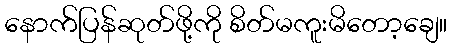
နောက်ပြန်ဆုတ်ဖို့ကို စိတ်မကူးမိတော့ချေ။